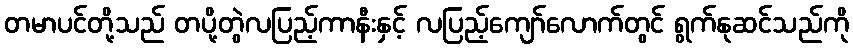
တမာပင်တို့သည် တပို့တွဲလပြည့်ကာနီးနှင့် လပြည့်ကျော်လောက်တွင် ရွက်နုဆင်သည်ကို